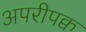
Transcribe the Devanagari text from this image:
अपरीपक्व